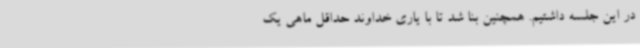
در این جلسه داشتیم. همچنین بنا شد تا با یاری خداوند حداقل ماهی یک